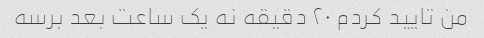
من تایید کردم ۲۰ دقیقه نه یک ساعت بعد برسه